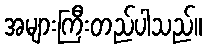
အများကြီးတည်ပါသည်။